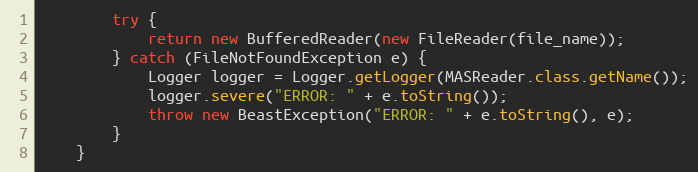
Language: Java
        try {
            return new BufferedReader(new FileReader(file_name));
        } catch (FileNotFoundException e) {
            Logger logger = Logger.getLogger(MASReader.class.getName());
            logger.severe("ERROR: " + e.toString());
            throw new BeastException("ERROR: " + e.toString(), e);
        }
    }